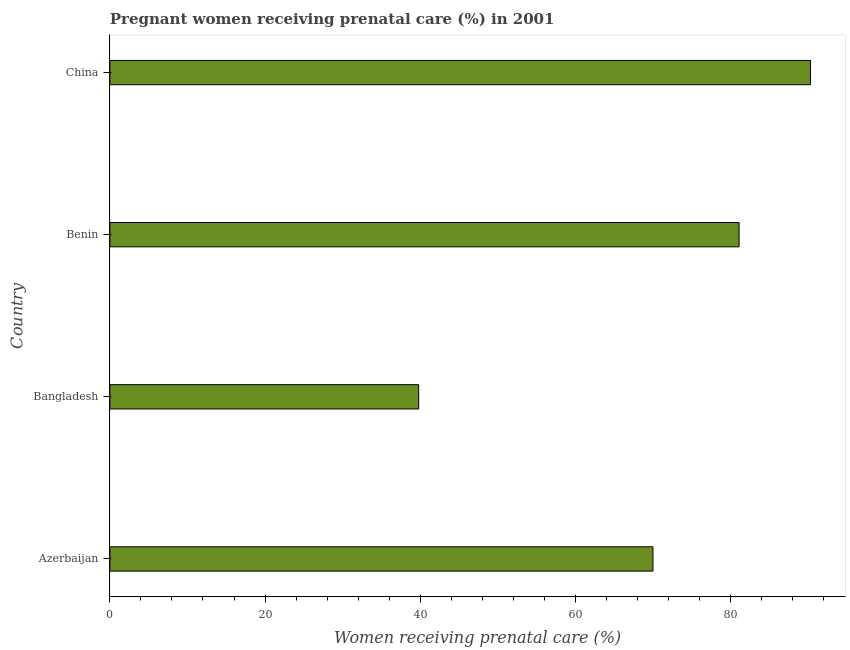
| Country | Pregnant women receiving prenatal care |
 | --- | --- |
 | Azerbaijan | 70 |
 | Bangladesh | 39.8 |
 | Benin | 81.1 |
 | China | 90.3 |